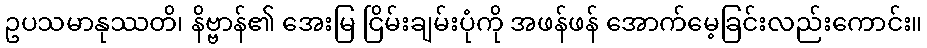
ဥပသမာနုဿတိ၊ နိဗ္ဗာန်၏ အေးမြ ငြိမ်းချမ်းပုံကို အဖန်ဖန် အောက်မေ့ခြင်းလည်းကောင်း။